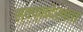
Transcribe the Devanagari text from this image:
स्वप्नदेखता